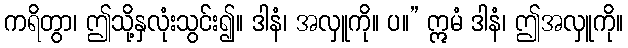
ကရိတွာ၊ ဤသို့နှလုံးသွင်း၍။ ဒါနံ၊ အလှူကို။ ပ။” ဣမံ ဒါနံ၊ ဤအလှူကို။